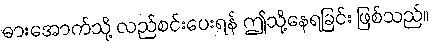
ဓားအောက်သို့ လည်စင်းပေးရန် ဤသို့နေရခြင်း ဖြစ်သည်။